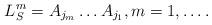
LaTeX: \begin{align*}L_S^m=A_{j_m}\dots A_{j_1},m=1,\dots.\end{align*}